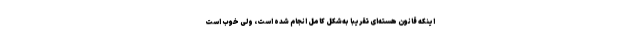
اینکه قانون هسته‌ای تقریباً به‌شکل کامل انجام شده است، ولی خوب است